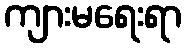
ကျားမရေးရာ